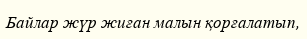
Байлар жүр жиған малын қорғалатып,